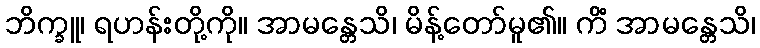
ဘိက္ခူ၊ ရဟန်းတို့ကို။ အာမန္တေသိ၊ မိန့်တော်မူ၏။ ကိံ အာမန္တေသိ၊